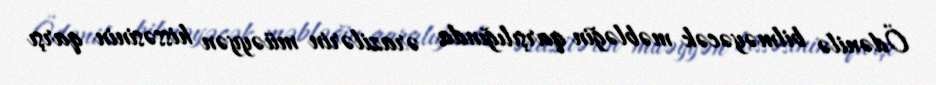
Ödənilə bilməyəcək məbləğin qarşılığında ərazilərin müəyyən hissəsinin qarşı